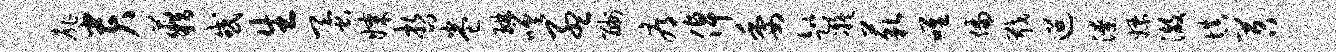
扉贵籍或生蚕媒哲卷琳嗟孟酬辱倬委趑凝藐唯偏戢迢潦嫖澈填苕